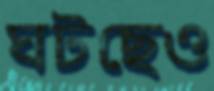
ঘটছেও